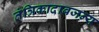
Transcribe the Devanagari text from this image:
तंत्रिकादाबजन्य